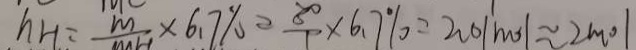
h H = \frac { m } { m H } \times 6 . 7 \% = \frac { 8 0 } { 1 } \times 6 . 7 \% = 2 0 1 m o l \approx 2 m o l